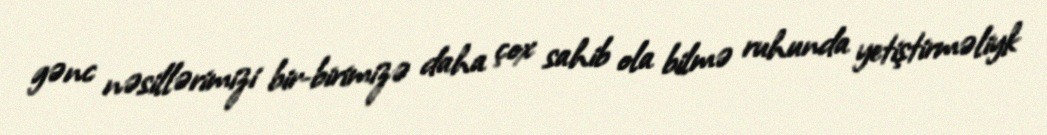
gənc nəsillərimizi bir-birimizə daha çox sahib ola bilmə ruhunda yetiştirməliyk